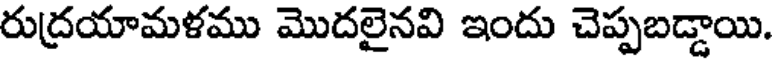
రుద్రయామళము మొదలైనవి ఇందు చెప్పబడ్డాయి.